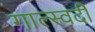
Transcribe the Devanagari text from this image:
गाल्स्वर्दी